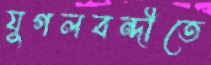
যুগলবন্দীতে